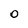
Character: 0